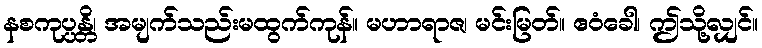
နစကုပ္ပန္တိ၊ အမျက်သည်းမထွက်ကုန်။ မဟာရာဇ၊ မင်းမြတ်။ ဧဝံခေါ၊ ဤသို့လျှင်။